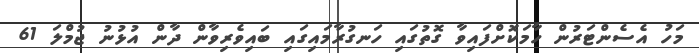
މަހު އެސެންޓަރުން ހާމަކޮށްފައިވާ ގޮތުގައި ހަނގުރާމައިގައި ބައިވެރިވާން ދާން އުޅުނު ޖުމްލަ 61